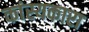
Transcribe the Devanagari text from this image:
कांस्यकारा